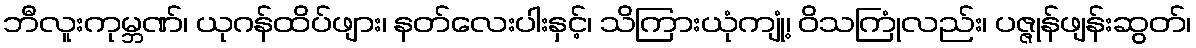
ဘီလူးကုမ္ဘဏ်၊ ယုဂန်ထိပ်ဖျား၊ နတ်လေးပါးနှင့်၊ သိကြားယုံကျုံ့၊ ဝိသကြုံလည်း၊ ပဇ္ဇုန်ဖျန်းဆွတ်၊